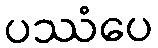
ပဿံပေ